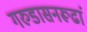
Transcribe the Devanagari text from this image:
गरुडासनरूढां